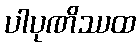
ပါပုဏိဿထ